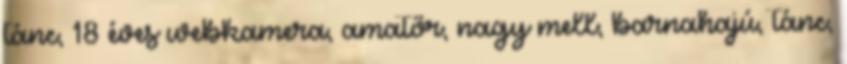
tánc, 18 éves webkamera, amatőr, nagy mell, barnahajú, tánc,